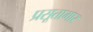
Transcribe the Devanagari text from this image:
प्रसूतागार